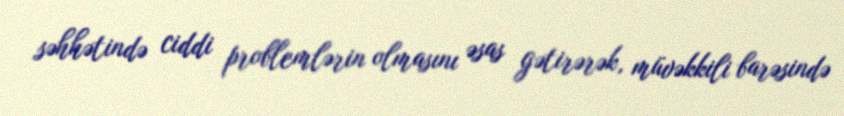
səhhətində ciddi problemlərin olmasını əsas gətirərək, müvəkkili barəsində